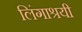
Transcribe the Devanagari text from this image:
लिंगाश्रयी